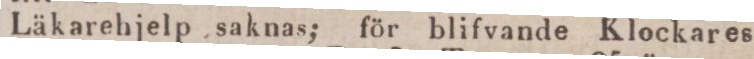
Läkarehjelp saknas; för blifvande Klockares